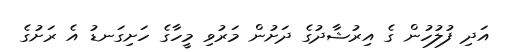
އަދި ފުލުހުން ގެ އިރުޝާދުގެ ދަށުން މަރުވި މީހާގެ ހަށިގަނޑު އެ ރަށުގެ